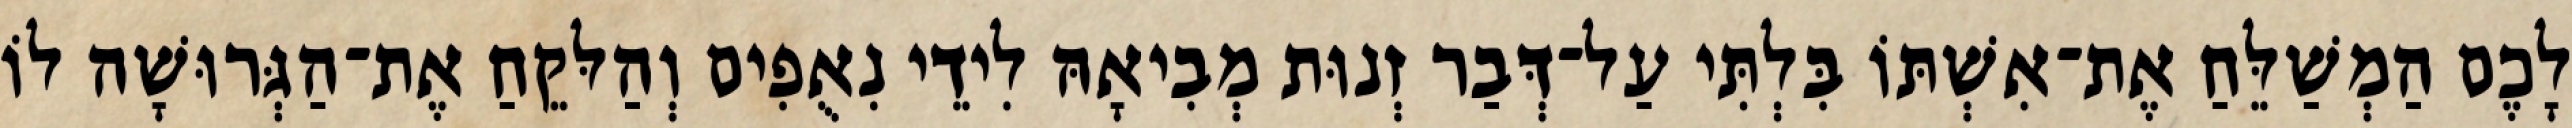
לָכֶם הַמְשַׁלֵּחַ אֶת־אִשְׁתּוֹ בִּלְתִּי עַל־דְּבַר זְנוּת מְבִיאָהּ לִידֵי נִאֻפִים וְהַלּקֵחַ אֶת־הַגְּרוּשָׁה לוֹ